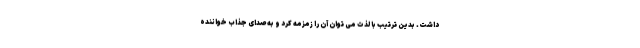
داشت. بدین ترتیب با لذت می توان آن را زمزمه کرد و به صدای جذاب خواننده